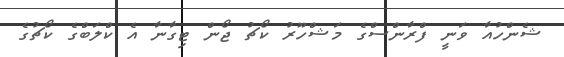
ޝެންހުއާ ވަނީ ފްރާންސްގެ މަޝްހޫރު ކޯޗު ޖޯން ޓިގާނާ އެ ކްލަބްގެ ކޯޗުގެ